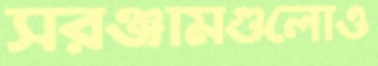
সরঞ্জামগুলোও